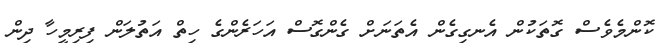
ކޮންމެވެސް ގޮތަކުން އެނގިގެން އެތަނަށް ގެންގޮސް އަހަރެންގެ ހިތް އަތުލަން ފިރިމީހާ ދިން